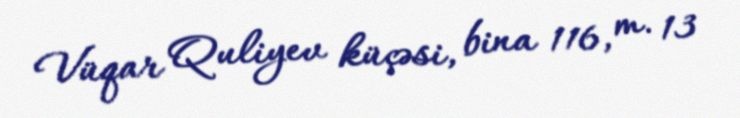
Vüqar Quliyev küçəsi, bina 116, m. 13